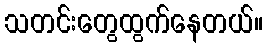
သတင်းတွေထွက်နေတယ်။